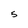
Character: 5